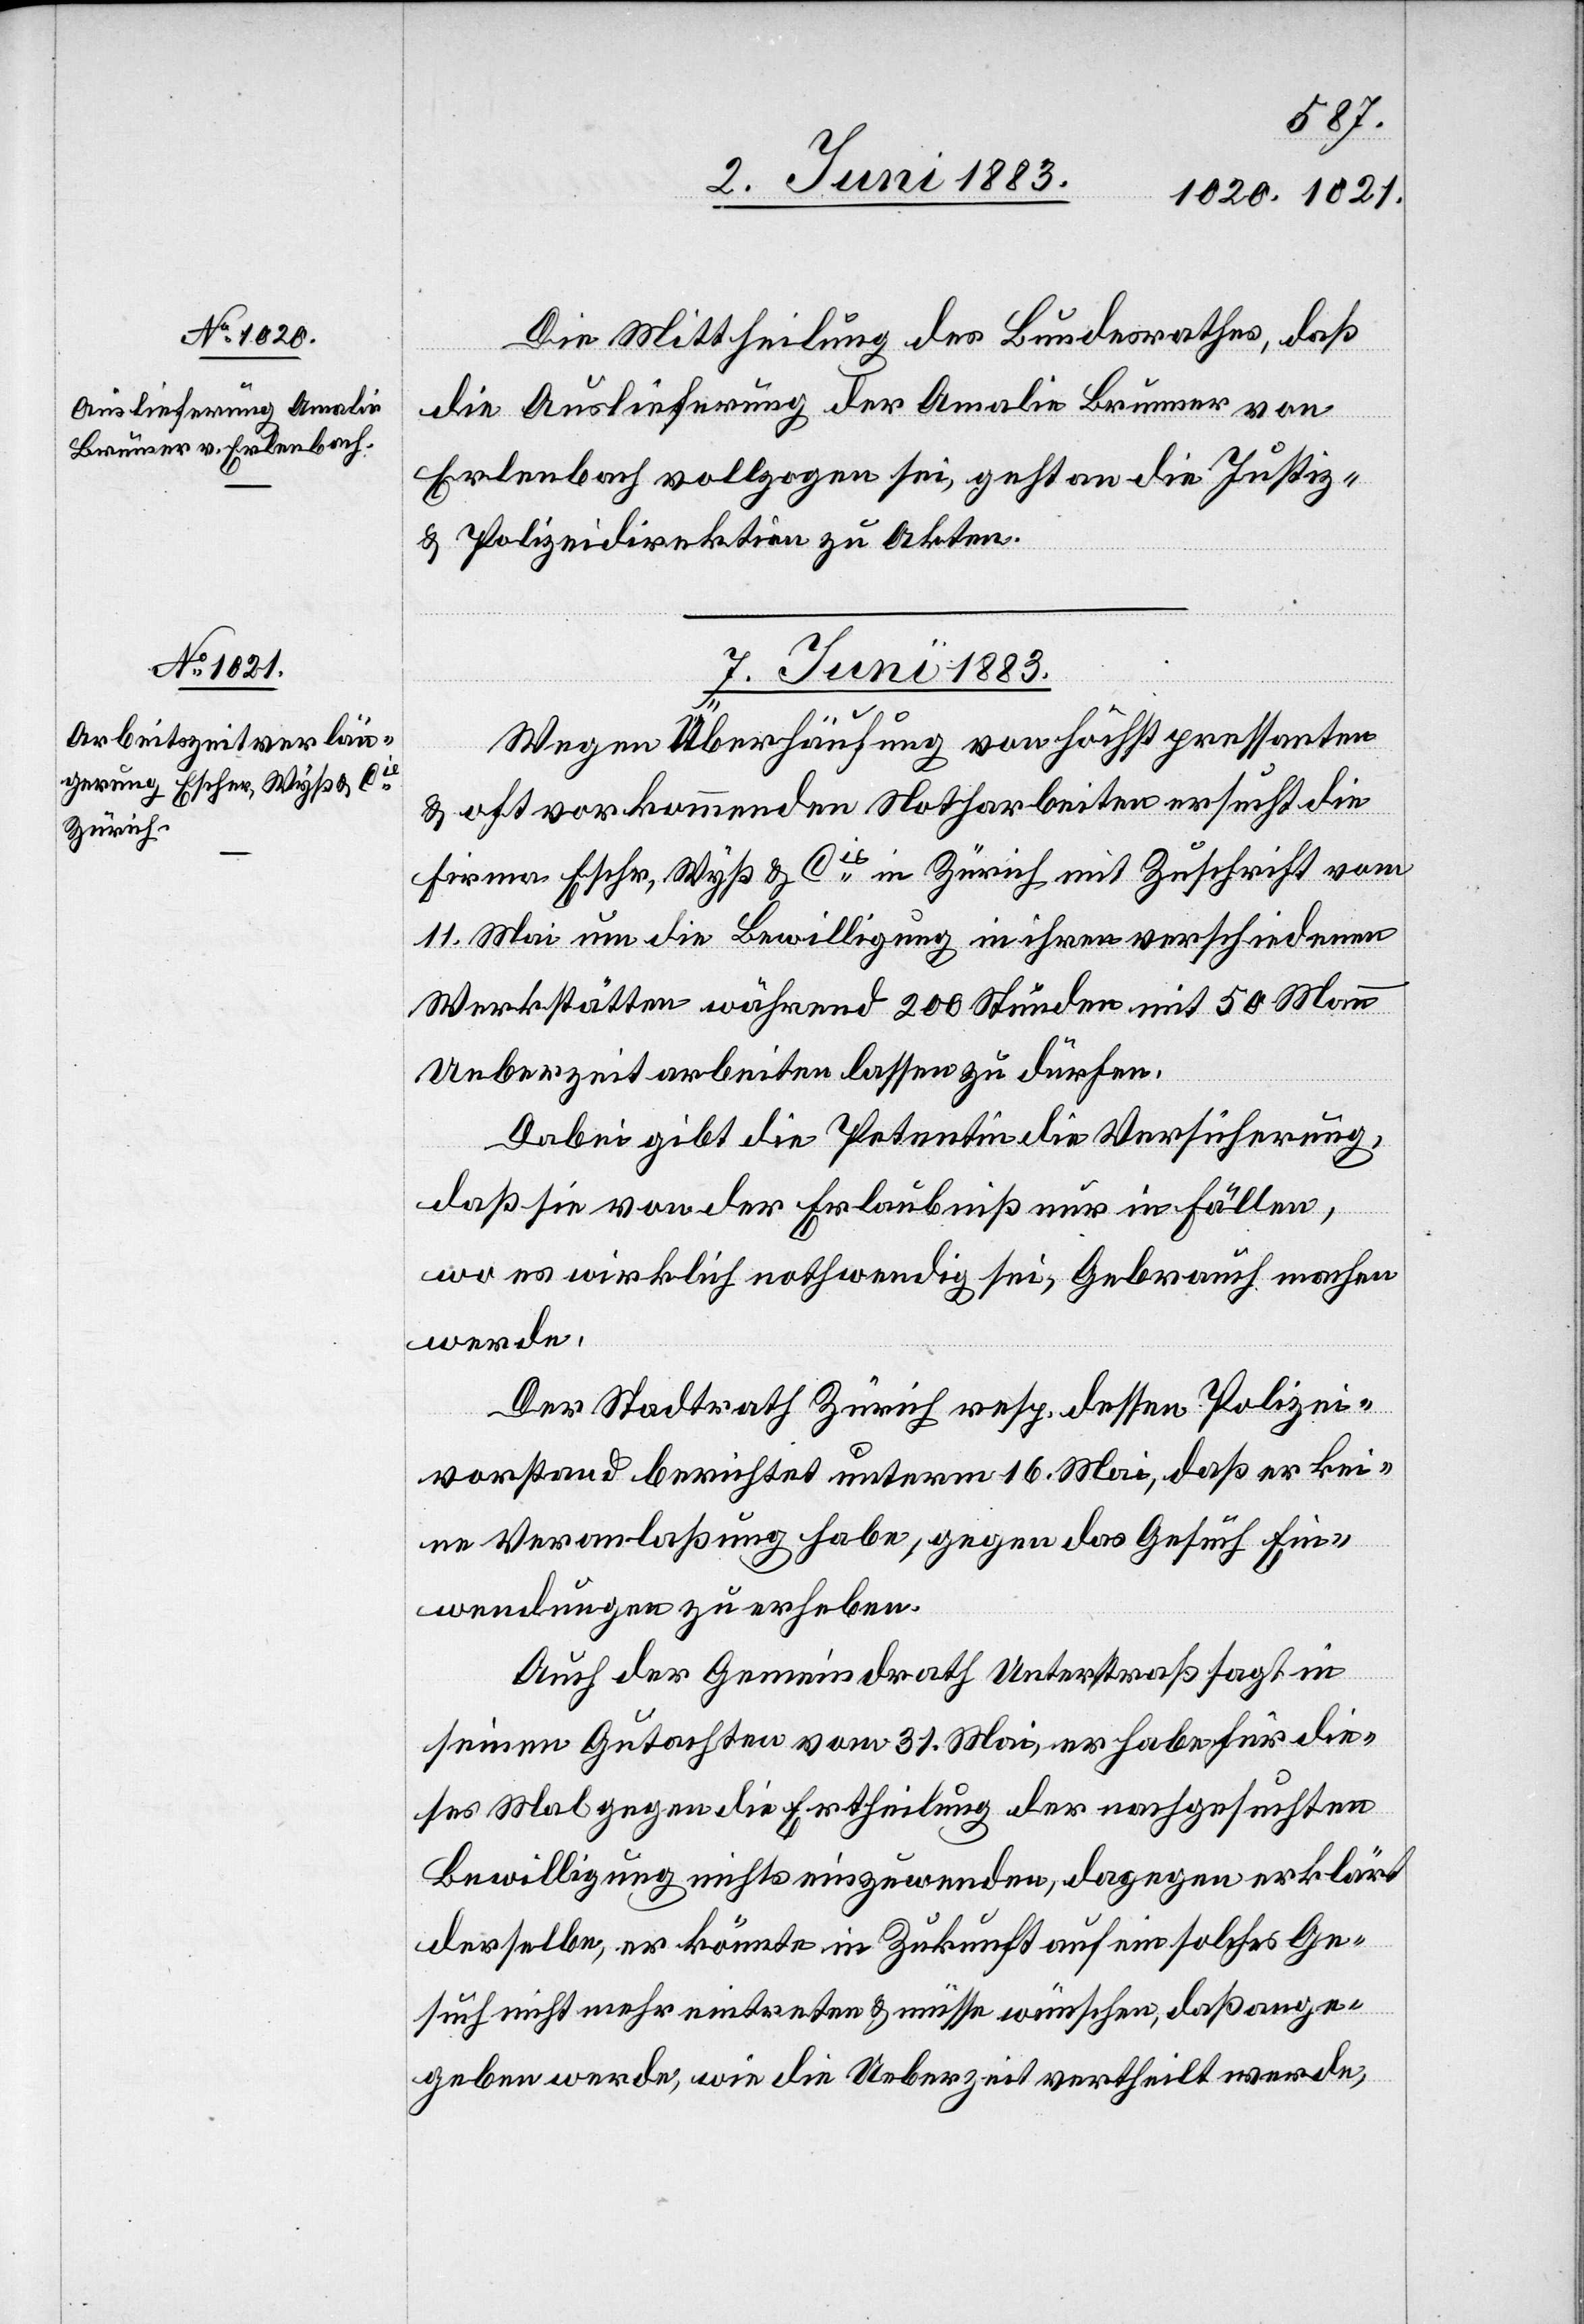
7. Juni 1883.
Die Mittheilung des Bundesrathes, daß
die Auslieferung der Amalie Brunner von
Erlenbach vollgogen [sic!] sei, geht an die Justiz-
& Polizeidirektion zu Akten.
Wegen Überhäufung von höchst pressanten
& oft vorkommenden Notharbeiten ersucht die
Firma Escher, Wyß & Cie in Zürich mit Zuschrift vom
11. Mai um die Bewilligung in ihren verschiedenen
Werkstätten während 200 Stunden mit 50 Mann
Ueberzeit arbeiten lassen zu dürfen.
Dabei gibt die Petentin die Versicherung,
daß sie von der Erlaubniß nur in Fällen,
wo es wirklich nothwendig sei, Gebrauch machen
werde.
Der Stadtrath Zürich resp. dessen Polizei¬
vorstand berichtet unterm 16. Mai, daß er kei¬
ne Veranlaßung habe, gegen das Gesuch Ein¬
wendungen zu erheben.
Auch der Gemeindrath Unterstraß sagt in
seinen Gutachten vom 31. Mai, er habe für die¬
ses Mal gegen die Ertheilung der nachgesuchten
Bewilligung nichts einzuwenden, dagegen erklärt
derselbe, er könnte in Zukunft auf ein solches Ge¬
such nicht mehr eintreten & müsse wünschen, daß ange¬
geben werde, wie die Ueberzeit vertheilt werde,